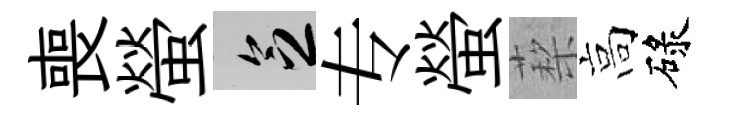
喪螢乏专螢蔾高碌